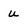
Character: u